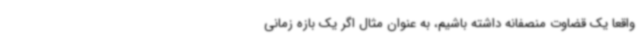
واقعاً یک قضاوت منصفانه داشته باشیم، به عنوان مثال اگر یک بازه زمانی